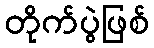
တိုက်ပွဲဖြစ်